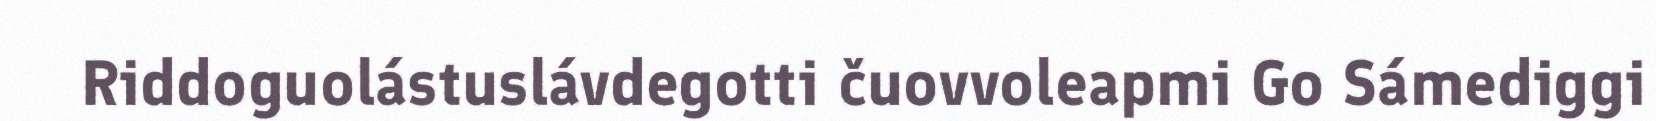
Riddoguolástuslávdegotti čuovvoleapmi Go Sámediggi